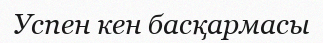
Успен кен басқармасы